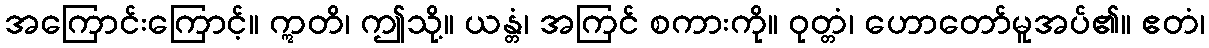
အကြောင်းကြောင့်။ ဣတိ၊ ဤသို့။ ယန္တံ၊ အကြင် စကားကို။ ဝုတ္တံ၊ ဟောတော်မူအပ်၏။ ဧတံ၊